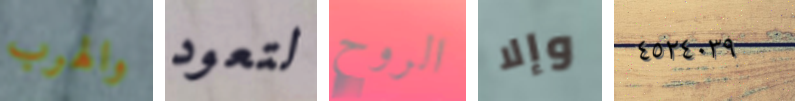
والهرب لتعود الروح وإلا ٤٥٢٤٠٣٩